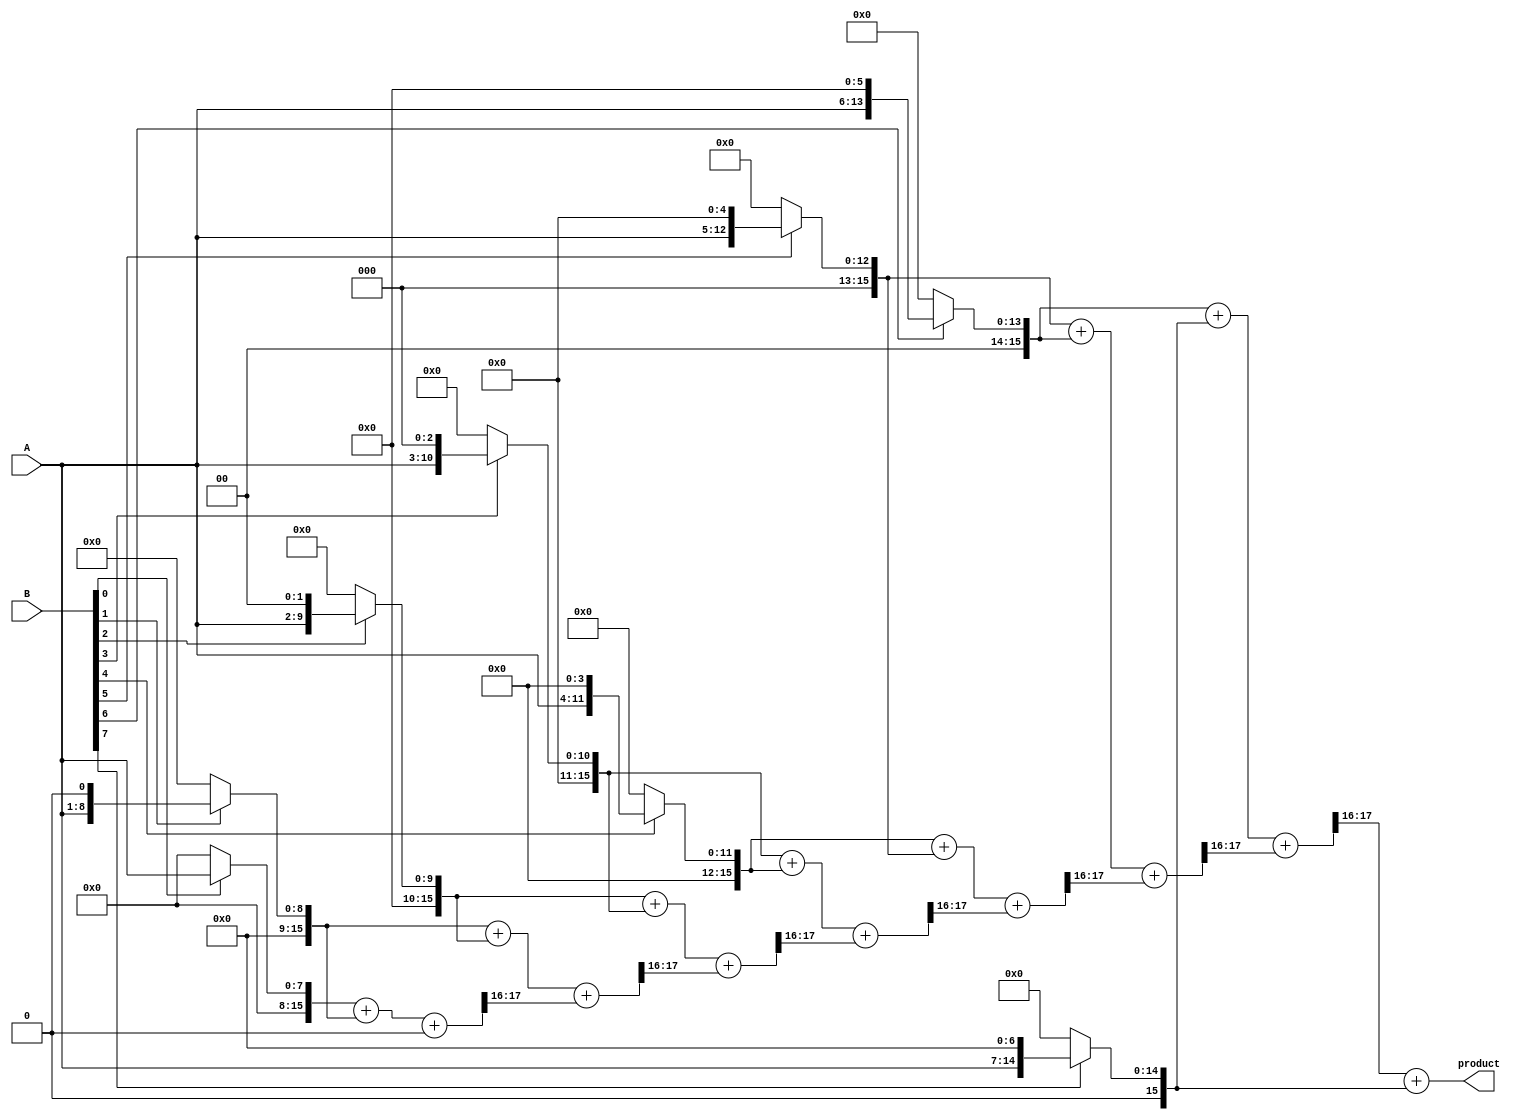
module variable_length_wallace_tree_multiplier #(parameter WIDTH_A = 8, WIDTH_B = 8) (
    input [WIDTH_A-1:0] A,        // Multiplicand
    input [WIDTH_B-1:0] B,        // Multiplier
    output reg [WIDTH_A + WIDTH_B - 1:0] product // Product output
);
    
    // Intermediate signals for partial products
    wire [WIDTH_A + WIDTH_B - 1:0] partial_products[WIDTH_B-1:0];
    wire [WIDTH_A + WIDTH_B - 1:0] sum_stage1[WIDTH_B-1:0];
    wire [WIDTH_A + WIDTH_B - 1:0] carry_stage1[WIDTH_B-1:0];
    
    // Generate partial products
    genvar i;
    generate
        for (i = 0; i < WIDTH_B; i = i + 1) begin: pp_gen
            assign partial_products[i] = (B[i] == 1'b1) ? (A << i) : 0;
        end
    endgenerate
    
    // Reduction stage using Wallace tree structure
    // This implementation uses a simple way to consolidate the partial products.
    // A full Wallace tree would require multiple levels.

    // An initial layer for summing partial products
    integer j;
    always @* begin
        // Initialize to zero
        for (j = 0; j < WIDTH_B; j = j + 1) begin
            sum_stage1[j] = partial_products[j];
            carry_stage1[j] = 0;
        end
        
        // Combine the partial products
        for (j = 0; j < WIDTH_B; j = j + 1) begin: add_stage
            if (j < WIDTH_B - 1) begin
                {carry_stage1[j+1], sum_stage1[j]} = sum_stage1[j] + sum_stage1[j+1] + carry_stage1[j];
            end
        end
    end
    
    // Final addition of reduced outputs
    // Sum up remaining parts to get the result
    always @* begin
        product = carry_stage1[WIDTH_B-1] + sum_stage1[WIDTH_B-1];
    end
    
endmodule